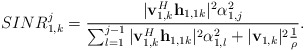
\begin{align*}&SINR^j_{1,k} = \frac{|\mathbf{v}_{1,k}^H\mathbf{h}_{1,1k} |^2 \alpha_{1,j}^2 }{ \sum^{j-1}_{l=1}|\mathbf{v}_{1,k}^H\mathbf{h}_{1,1k} |^2 \alpha_{1,l}^2 +|\mathbf{v}_{1,k}|^2\frac{1}{\rho}}.\end{align*}